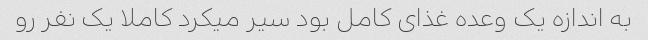
به اندازه یک وعده غذای کامل بود سیر میکرد کاملا یک نفر رو